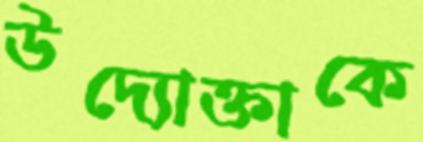
উদ্যোক্তাকে